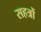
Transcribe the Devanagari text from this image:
सहत्रों